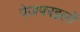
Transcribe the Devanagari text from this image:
पेजफाइलों